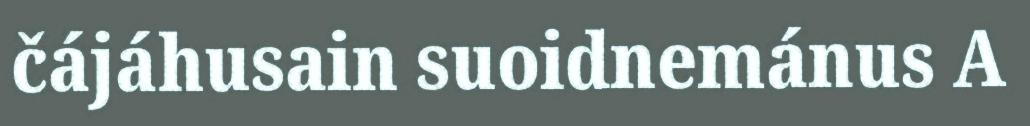
čájáhusain suoidnemánus A